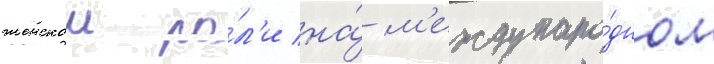
женскои ро́л'и на́ м'еждунаро́дном